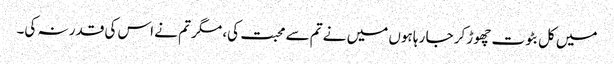
میں کل بٹوت چھوڑ کر جا رہا ہوں میں نے تم سے محبت کی، مگر تم نے اس کی قدر نہ کی۔